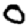
Digit: 0